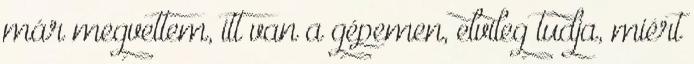
már megvettem, itt van a gépemen, elvileg tudja, miért